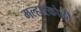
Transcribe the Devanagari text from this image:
मल्हारकोळी